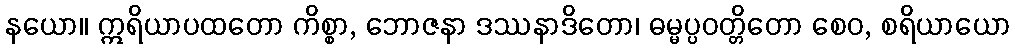
နယော။ ဣရိယာပထတော ကိစ္စာ, ဘောဇနာ ဒဿနာဒိတော၊ ဓမ္မပ္ပဝတ္တိတော စေဝ, စရိယာယော